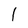
Character: l